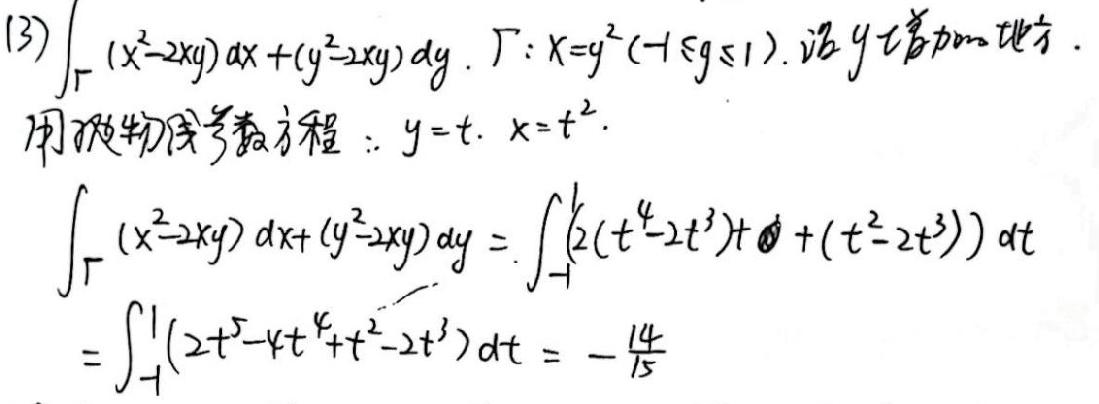
(3) \(\int_{\Gamma}(x^{2}-2xy)dx+(y^{2}-2xy)dy\). \(\Gamma: x = y^{2}(-1\leq y\leq1)\), 沿 \(y\) 增大的方向.
用抛物线参数方程: \(y = t\), \(x = t^{2}\).
\(\int_{\Gamma}(x^{2}-2xy)dx+(y^{2}-2xy)dy=\int_{-1}^{1}(2(t^{4}-2t^{3})+(t^{2}-2t^{3}))dt\)
\(=\int_{-1}^{1}(2t^{5}-4t^{4}+t^{2}-2t^{3})dt=-\frac{14}{15}\)